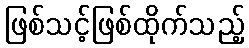
ဖြစ်သင့်ဖြစ်ထိုက်သည့်